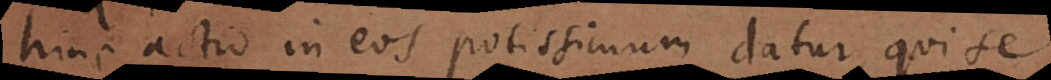
hinc actio in eos potissimum datur, qui se